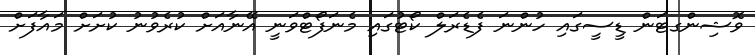
ވޮޝިންގޓަން ޑީސީގައި ހުންނަ ފެޑެރަލް ކޯޓުގައި މެނަފޯޓްވަނީ އޭނާއަށް ކުރެވުނު ކުށަށް މައާފަށް